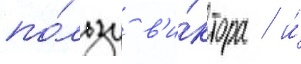
по́льзу в'и́ктора / и́